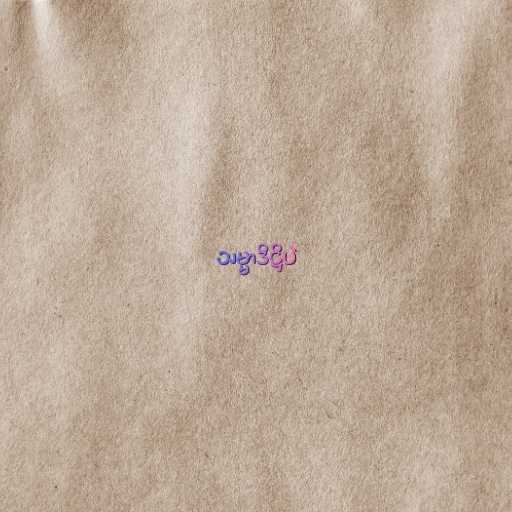
သမ္မာဒိဋ္ဌိပဲ